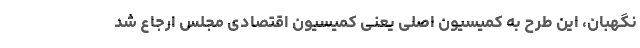
نگهبان، این طرح به کمیسیون اصلی یعنی کمیسیون اقتصادی مجلس ارجاع شد